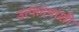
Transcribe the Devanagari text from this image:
उत्पादनांशी